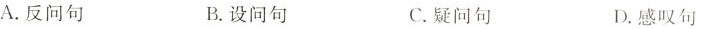
A.反问句 B.设问句 C.疑问句 D.感叹句